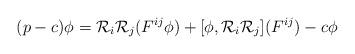
LaTeX: \begin{align*}(p-c)\phi=\mathcal{R}_i\mathcal{R}_j(F^{ij}\phi)+[\phi,\mathcal{R}_i\mathcal{R}_j](F^{ij})-c\phi\end{align*}